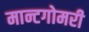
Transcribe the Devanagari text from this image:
मान्टगोमरी